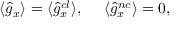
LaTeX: \langle \hat { g } _ { x } \rangle = \langle \hat { g } _ { x } ^ { c l } \rangle , ~ ~ ~ ~ \langle \hat { g } _ { x } ^ { n c } \rangle = 0 ,